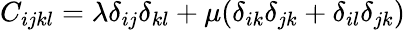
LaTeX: C_{ijkl}=\lambda\delta_{ij}\delta_{kl}+\mu(\delta_{ik}\delta_{jk}+\delta_{il}\delta_{jk})